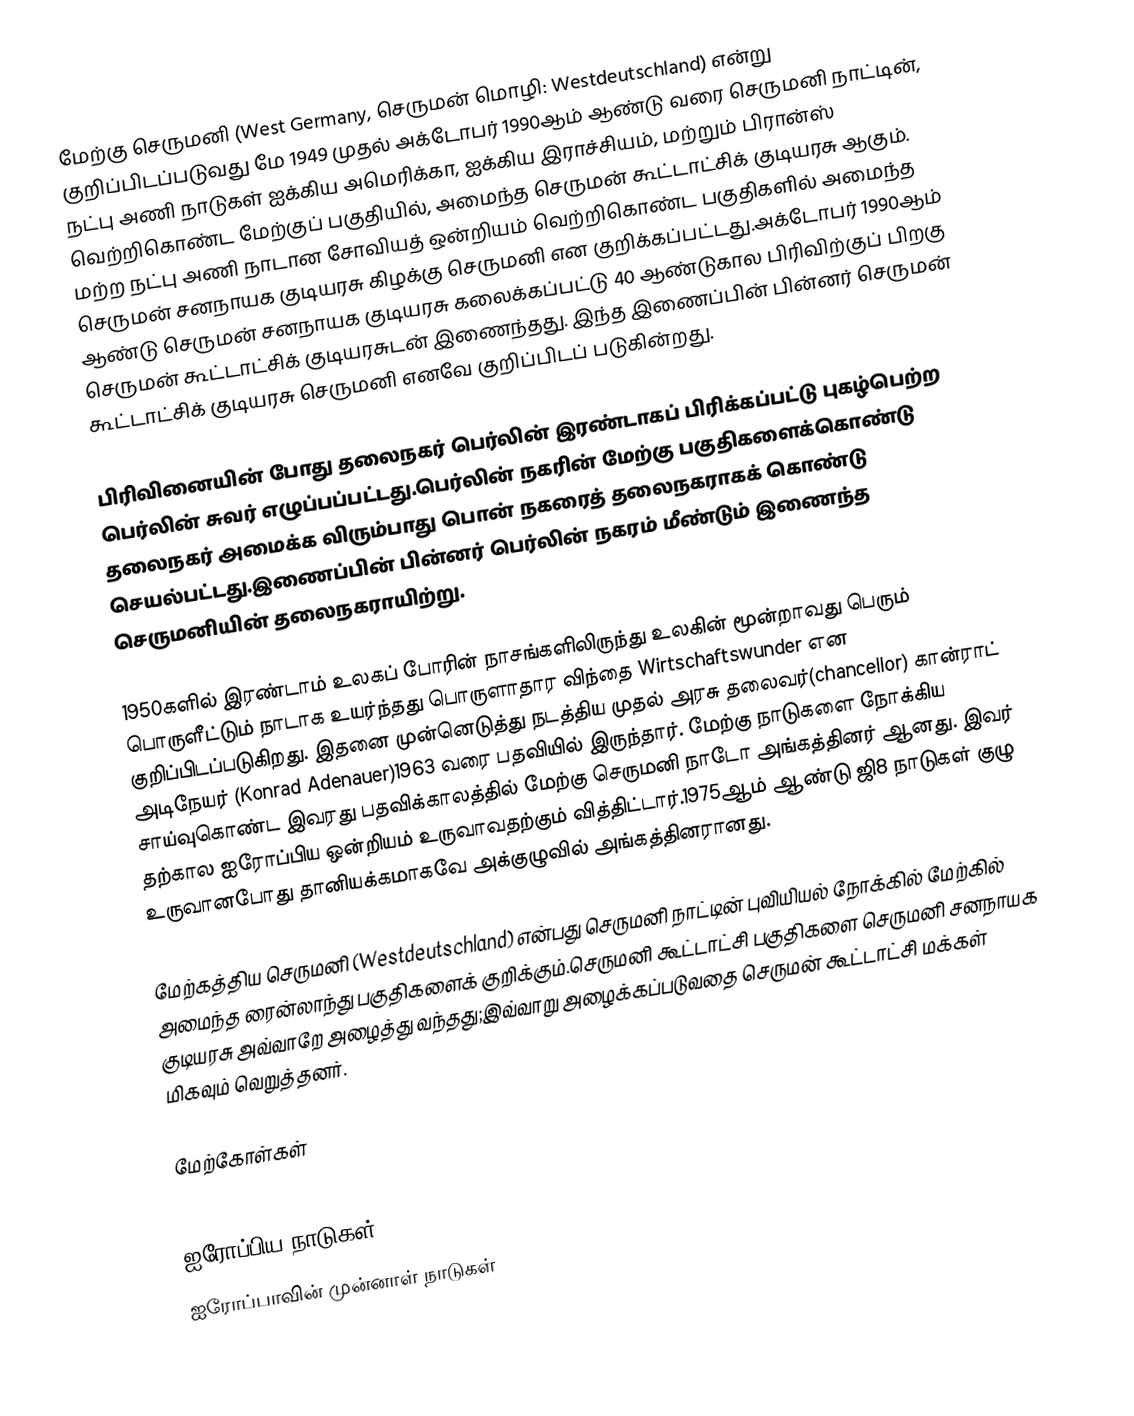
மேற்கு செருமனி (West Germany, செருமன் மொழி: Westdeutschland) என்று குறிப்பிடப்படுவது மே 1949 முதல் அக்டோபர் 1990ஆம் ஆண்டு வரை செருமனி நாட்டின்,  நட்பு அணி நாடுகள் ஐக்கிய அமெரிக்கா, ஐக்கிய இராச்சியம், மற்றும் பிரான்ஸ் வெற்றிகொண்ட மேற்குப் பகுதியில், அமைந்த செருமன் கூட்டாட்சிக் குடியரசு ஆகும்.  மற்ற நட்பு அணி நாடான சோவியத் ஒன்றியம் வெற்றிகொண்ட பகுதிகளில் அமைந்த செருமன் சனநாயக குடியரசு கிழக்கு செருமனி என குறிக்கப்பட்டது.அக்டோபர் 1990ஆம் ஆண்டு செருமன் சனநாயக குடியரசு கலைக்கப்பட்டு 40 ஆண்டுகால பிரிவிற்குப் பிறகு செருமன் கூட்டாட்சிக் குடியரசுடன் இணைந்தது. இந்த இணைப்பின் பின்னர் செருமன் கூட்டாட்சிக் குடியரசு செருமனி எனவே குறிப்பிடப் படுகின்றது.

பிரிவினையின் போது தலைநகர் பெர்லின் இரண்டாகப் பிரிக்கப்பட்டு புகழ்பெற்ற பெர்லின் சுவர் எழுப்பப்பட்டது.பெர்லின் நகரின் மேற்கு பகுதிகளைக்கொண்டு தலைநகர் அமைக்க விரும்பாது பொன் நகரைத் தலைநகராகக் கொண்டு செயல்பட்டது.இணைப்பின் பின்னர் பெர்லின் நகரம் மீண்டும் இணைந்த செருமனியின் தலைநகராயிற்று.

1950களில் இரண்டாம் உலகப் போரின் நாசங்களிலிருந்து உலகின் மூன்றாவது பெரும் பொருளீட்டும் நாடாக உயர்ந்தது பொருளாதார விந்தை Wirtschaftswunder என குறிப்பிடப்படுகிறது. இதனை முன்னெடுத்து நடத்திய முதல் அரசு தலைவர்(chancellor) கான்ராட் அடிநேயர் (Konrad Adenauer)1963 வரை பதவியில் இருந்தார். மேற்கு நாடுகளை நோக்கிய சாய்வுகொண்ட இவரது பதவிக்காலத்தில் மேற்கு செருமனி நாடோ அங்கத்தினர் ஆனது. இவர் தற்கால ஐரோப்பிய ஒன்றியம் உருவாவதற்கும் வித்திட்டார்.1975ஆம் ஆண்டு ஜி8 நாடுகள் குழு உருவானபோது தானியக்கமாகவே அக்குழுவில் அங்கத்தினரானது.

மேற்கத்திய செருமனி (Westdeutschland) என்பது செருமனி நாட்டின் புவியியல் நோக்கில் மேற்கில் அமைந்த ரைன்லாந்து பகுதிகளைக் குறிக்கும்.செருமனி கூட்டாட்சி பகுதிகளை செருமனி சனநாயக குடியரசு அவ்வாறே அழைத்து வந்தது;இவ்வாறு அழைக்கப்படுவதை செருமன் கூட்டாட்சி மக்கள் மிகவும் வெறுத்தனர்.

மேற்கோள்கள்

ஐரோப்பிய நாடுகள்
ஐரோப்பாவின் முன்னாள் நாடுகள்